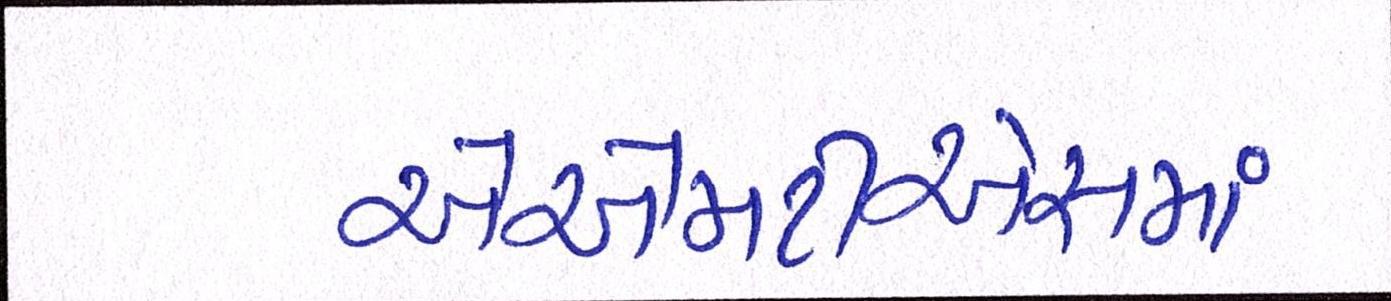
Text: એએમટીએસમાં